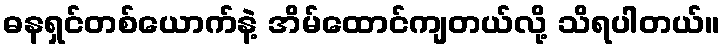
ဓနရှင်တစ်ယောက်နဲ့ အိမ်ထောင်ကျတယ်လို့ သိရပါတယ်။